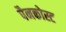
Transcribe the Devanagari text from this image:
पैनकोस्ट